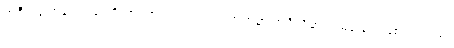
အဲဒီအခါတုန်းက ပေါရိသာဒဟာ ဘုရားလက်ထက်မှာ အင်္ဂုလိမာလ မထေရ် ဖြစ်လာတယ်၊